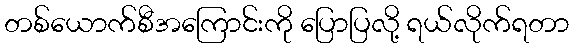
တစ်ယောက်စီအကြောင်းကို ပြောပြလို့ ရယ်လိုက်ရတာ